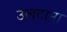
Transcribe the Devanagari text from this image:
उलटाना